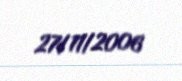
27/11/2006